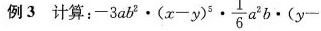
例3 计算：$$- 3 a b ^ { 2 } \cdot ( x - y ) ^ { 5 } \cdot \frac { 1 } { 6 } a ^ { 2 } b \cdot ( y -